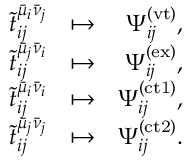
\begin{array} { r l r } { \tilde { t } _ { i j } ^ { \bar { \mu } _ { i } \bar { \nu } _ { j } } } & { \mapsto } & { \Psi _ { i j } ^ { ( \mathrm { v t } ) } , } \\ { \tilde { t } _ { i j } ^ { \bar { \mu } _ { j } \bar { \nu } _ { i } } } & { \mapsto } & { \Psi _ { i j } ^ { ( \mathrm { e x } ) } , } \\ { \tilde { t } _ { i j } ^ { \bar { \mu } _ { i } \bar { \nu } _ { i } } } & { \mapsto } & { \Psi _ { i j } ^ { ( \mathrm { c t 1 } ) } , } \\ { \tilde { t } _ { i j } ^ { \bar { \mu } _ { j } \bar { \nu } _ { j } } } & { \mapsto } & { \Psi _ { i j } ^ { ( \mathrm { c t 2 } ) } . } \end{array}